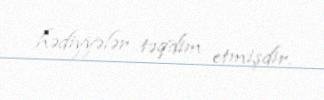
hədiyyələr təqdim etmişdir.